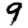
Digit: 9